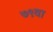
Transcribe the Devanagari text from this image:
७९वा